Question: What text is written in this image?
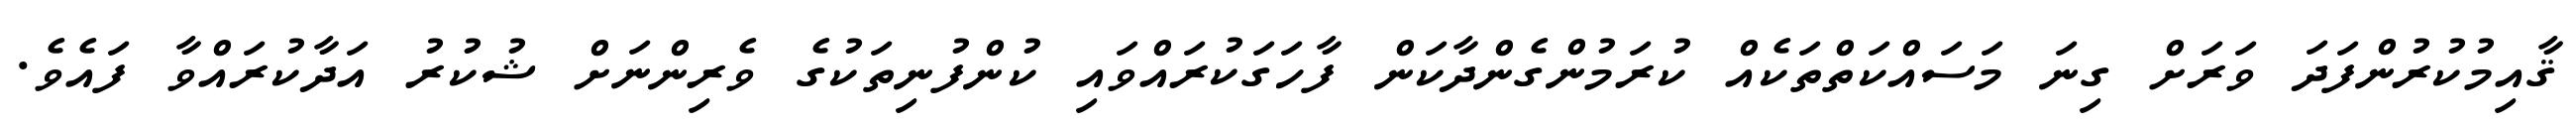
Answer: ޤާއިމުކުރުންފަދަ ވަރަށް ގިނަ މަސައްކަތްތަކެއް ކުރަމުންގެންދާކަން ފާހަގަކުރައްވައި ކުންފުނިތަކުގެ ވެރިންނަށް ޝުކުރު އަދާކުރައްވާ ފައެވެ.